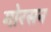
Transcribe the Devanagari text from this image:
गोरसन